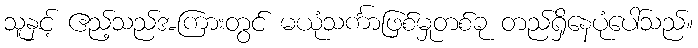
သူနှင့် ဧည့်သည်အကြားတွင် မယုံသင်္ကာဖြစ်မှုတစ်ခု တည်ရှိနေပုံပေါ်သည်။